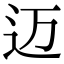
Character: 迈